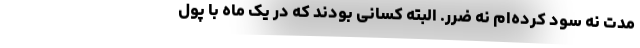
مدت نه سود کرده‌ام نه ضرر. البته کسانی بودند که در یک ماه با پول